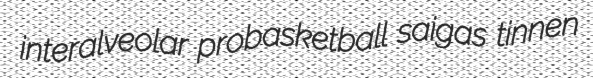
interalveolar probasketball saigas tinnen